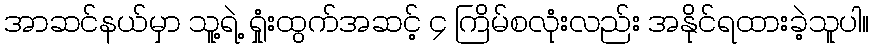
အာဆင်နယ်မှာ သူ့ရဲ့ ရှုံးထွက်အဆင့် ၄ ကြိမ်စလုံးလည်း အနိုင်ရထားခဲ့သူပါ။